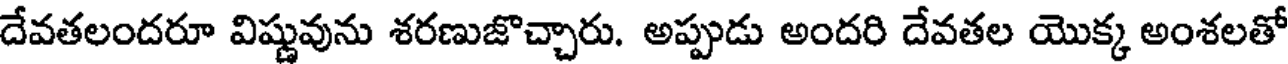
దేవతలందరూ విష్ణువును శరణుజొచ్చారు. అప్పుడు అందరి దేవతల యొక్క అంశలతో